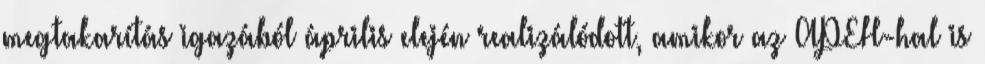
megtakarítás igazából április elején realizálódott, amikor az APEH-hal is